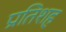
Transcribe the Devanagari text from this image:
प्रतिशह